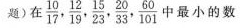
题)在\frac{10}{17}, \frac{12}{19}, \frac {15}{23}, \frac{20}{ 33 }, \frac{60}{101} 中最小的数